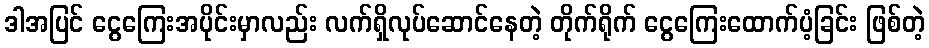
ဒါအပြင် ငွေကြေးအပိုင်းမှာလည်း လက်ရှိလုပ်ဆောင်နေတဲ့ တိုက်ရိုက် ငွေကြေးထောက်ပံ့ခြင်း ဖြစ်တဲ့